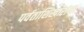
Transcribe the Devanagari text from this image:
पर्वताशिखारांना